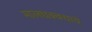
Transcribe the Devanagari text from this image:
मालधक्क्याचे